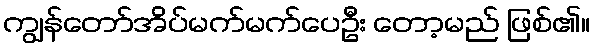
ကျွန်တော်အိပ်မက်မက်ပေဦး တော့မည် ဖြစ်၏။